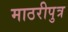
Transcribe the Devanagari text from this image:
माठरीपुत्र